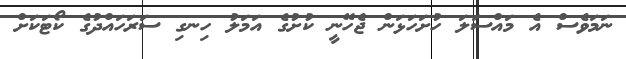
ނަމަވެސް އެ މައްސަލަ ހުށަހަޅަން ޖެހޭނީ ކުށުގެ އަމަލު ހިނގި ސަރަހައްދުގެ ކޯޓަކަށް